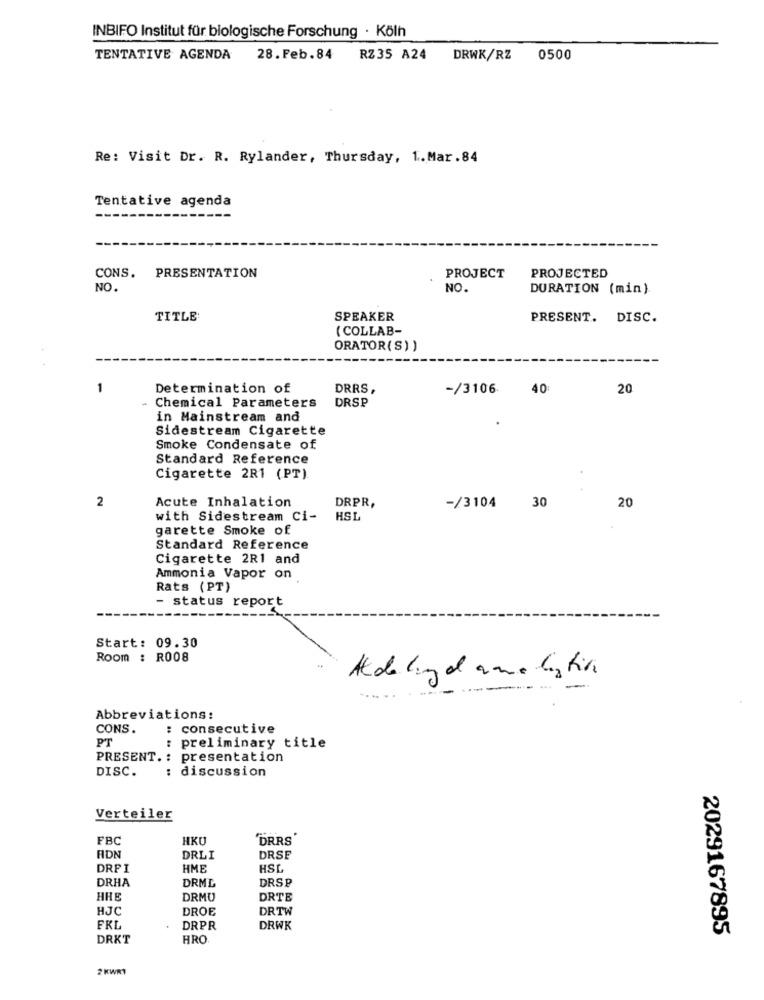
INBIFO Institut für biologische Forschung · Köln
TENTATIVE AGENDA
28. Feb.84
RZ35 A24
DRWK/RZ
0500
Re: Visit Dr. R. Rylander, Thursday, 1. Mar.84
Tentative agenda
CONS. PRESENTATION
PROJECTED
PROJECT
NO.
NO.
DURATION (min)
TITLE:
SPEAKER
PRESENT. DISC.
( COLLAB-
ORATOR(S))
1
Determination of
DRRS,
-/3106
40
20
- Chemical Parameters
DRSP
in Mainstream and
Sidestream Cigarette
Smoke Condensate of
Standard Reference
Cigarette 2R1 (PT).
Acute Inhalation
30
2
DRPR,
-/3104
20
with Sidestream Ci-
HSL
garette Smoke of
Standard Reference
Cigarette 2R1 and
Ammonia Vapor on
Rats (PT)
- status report
Start: 09.30
Room : R008
Aldalunga amaliatir.
Abbreviations:
CONS.
: consecutive
PT
: preliminary title
PRESENT .: presentation
DISC.
:
discussion
Verteiler
FBC
HKU
"DRRS'
ADN
DRLI
DRSE
DRFI
HME
HSL
DRHA
DRML
DRS₽
HRE
DRMU
DRTE
HJC
DROE
DRTW
FRL
DRPR
DRWK
2029167895
DRKT
HRC
2 KWRT